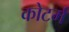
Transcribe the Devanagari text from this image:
कोटर्म